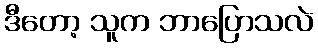
ဒီတော့ သူက ဘာပြောသလဲ